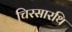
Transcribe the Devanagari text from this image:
चिरसारथि